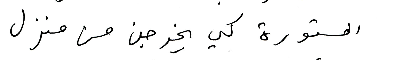
المستورة كي يخرجن من منزل